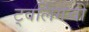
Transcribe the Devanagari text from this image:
ट्वर्लिंगची